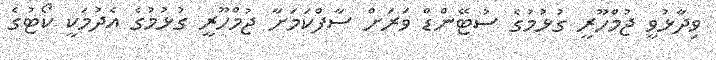
ވިދާޅުވީ ޖުމްހޫރީ ގުޅުމުގެ ސުޓޭންޑް ވަރަށް ސާފްކަމަށާ ޖުމްހޫރީ ގުޅުމުގެ އެދުމަކީ ކޯޓުގެ